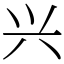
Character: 兴